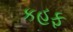
કહફ